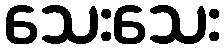
သေးသေး